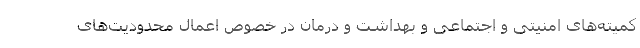
کمیته‌های امنیتی و اجتماعی و بهداشت و درمان در خصوص اعمال محدودیت‌های